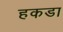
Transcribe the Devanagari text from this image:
हकडा